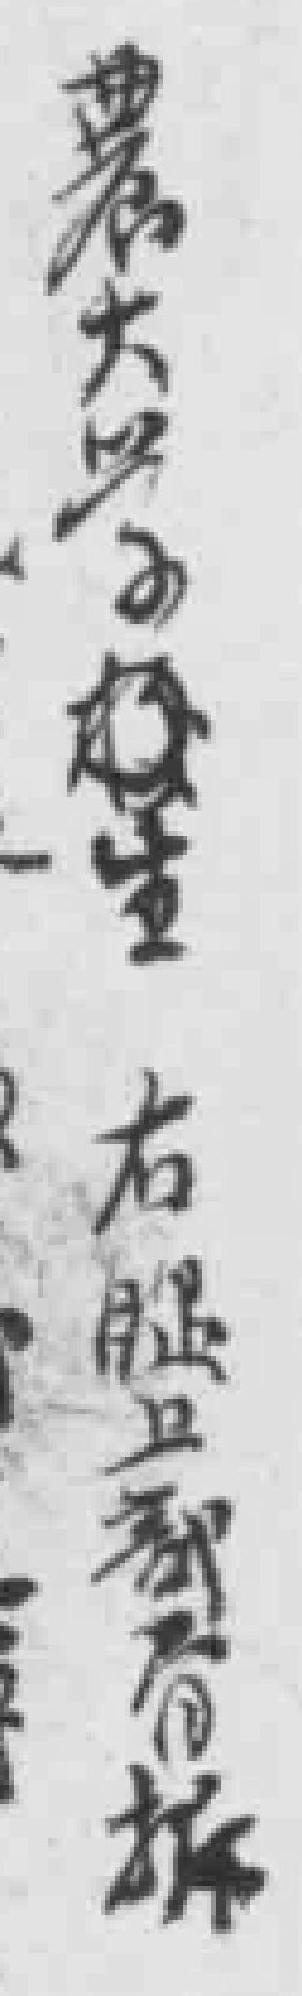
農大学生右腿上部骨拆